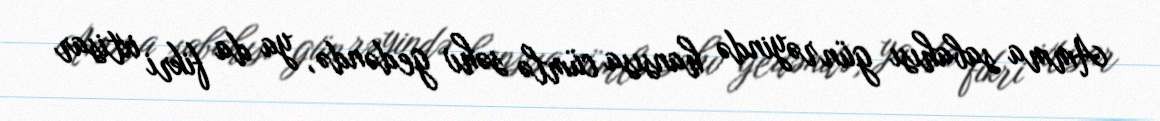
Amma sabahısı gün rəyində hansısa cümlə səhv gedəndə, ya da fikri ixtisar